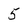
Character: 5